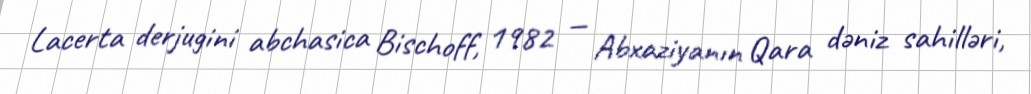
Lacerta derjugini abchasica Bischoff, 1982 — Abxaziyanın Qara dəniz sahilləri,